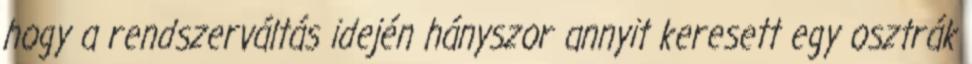
hogy a rendszerváltás idején hányszor annyit keresett egy osztrák